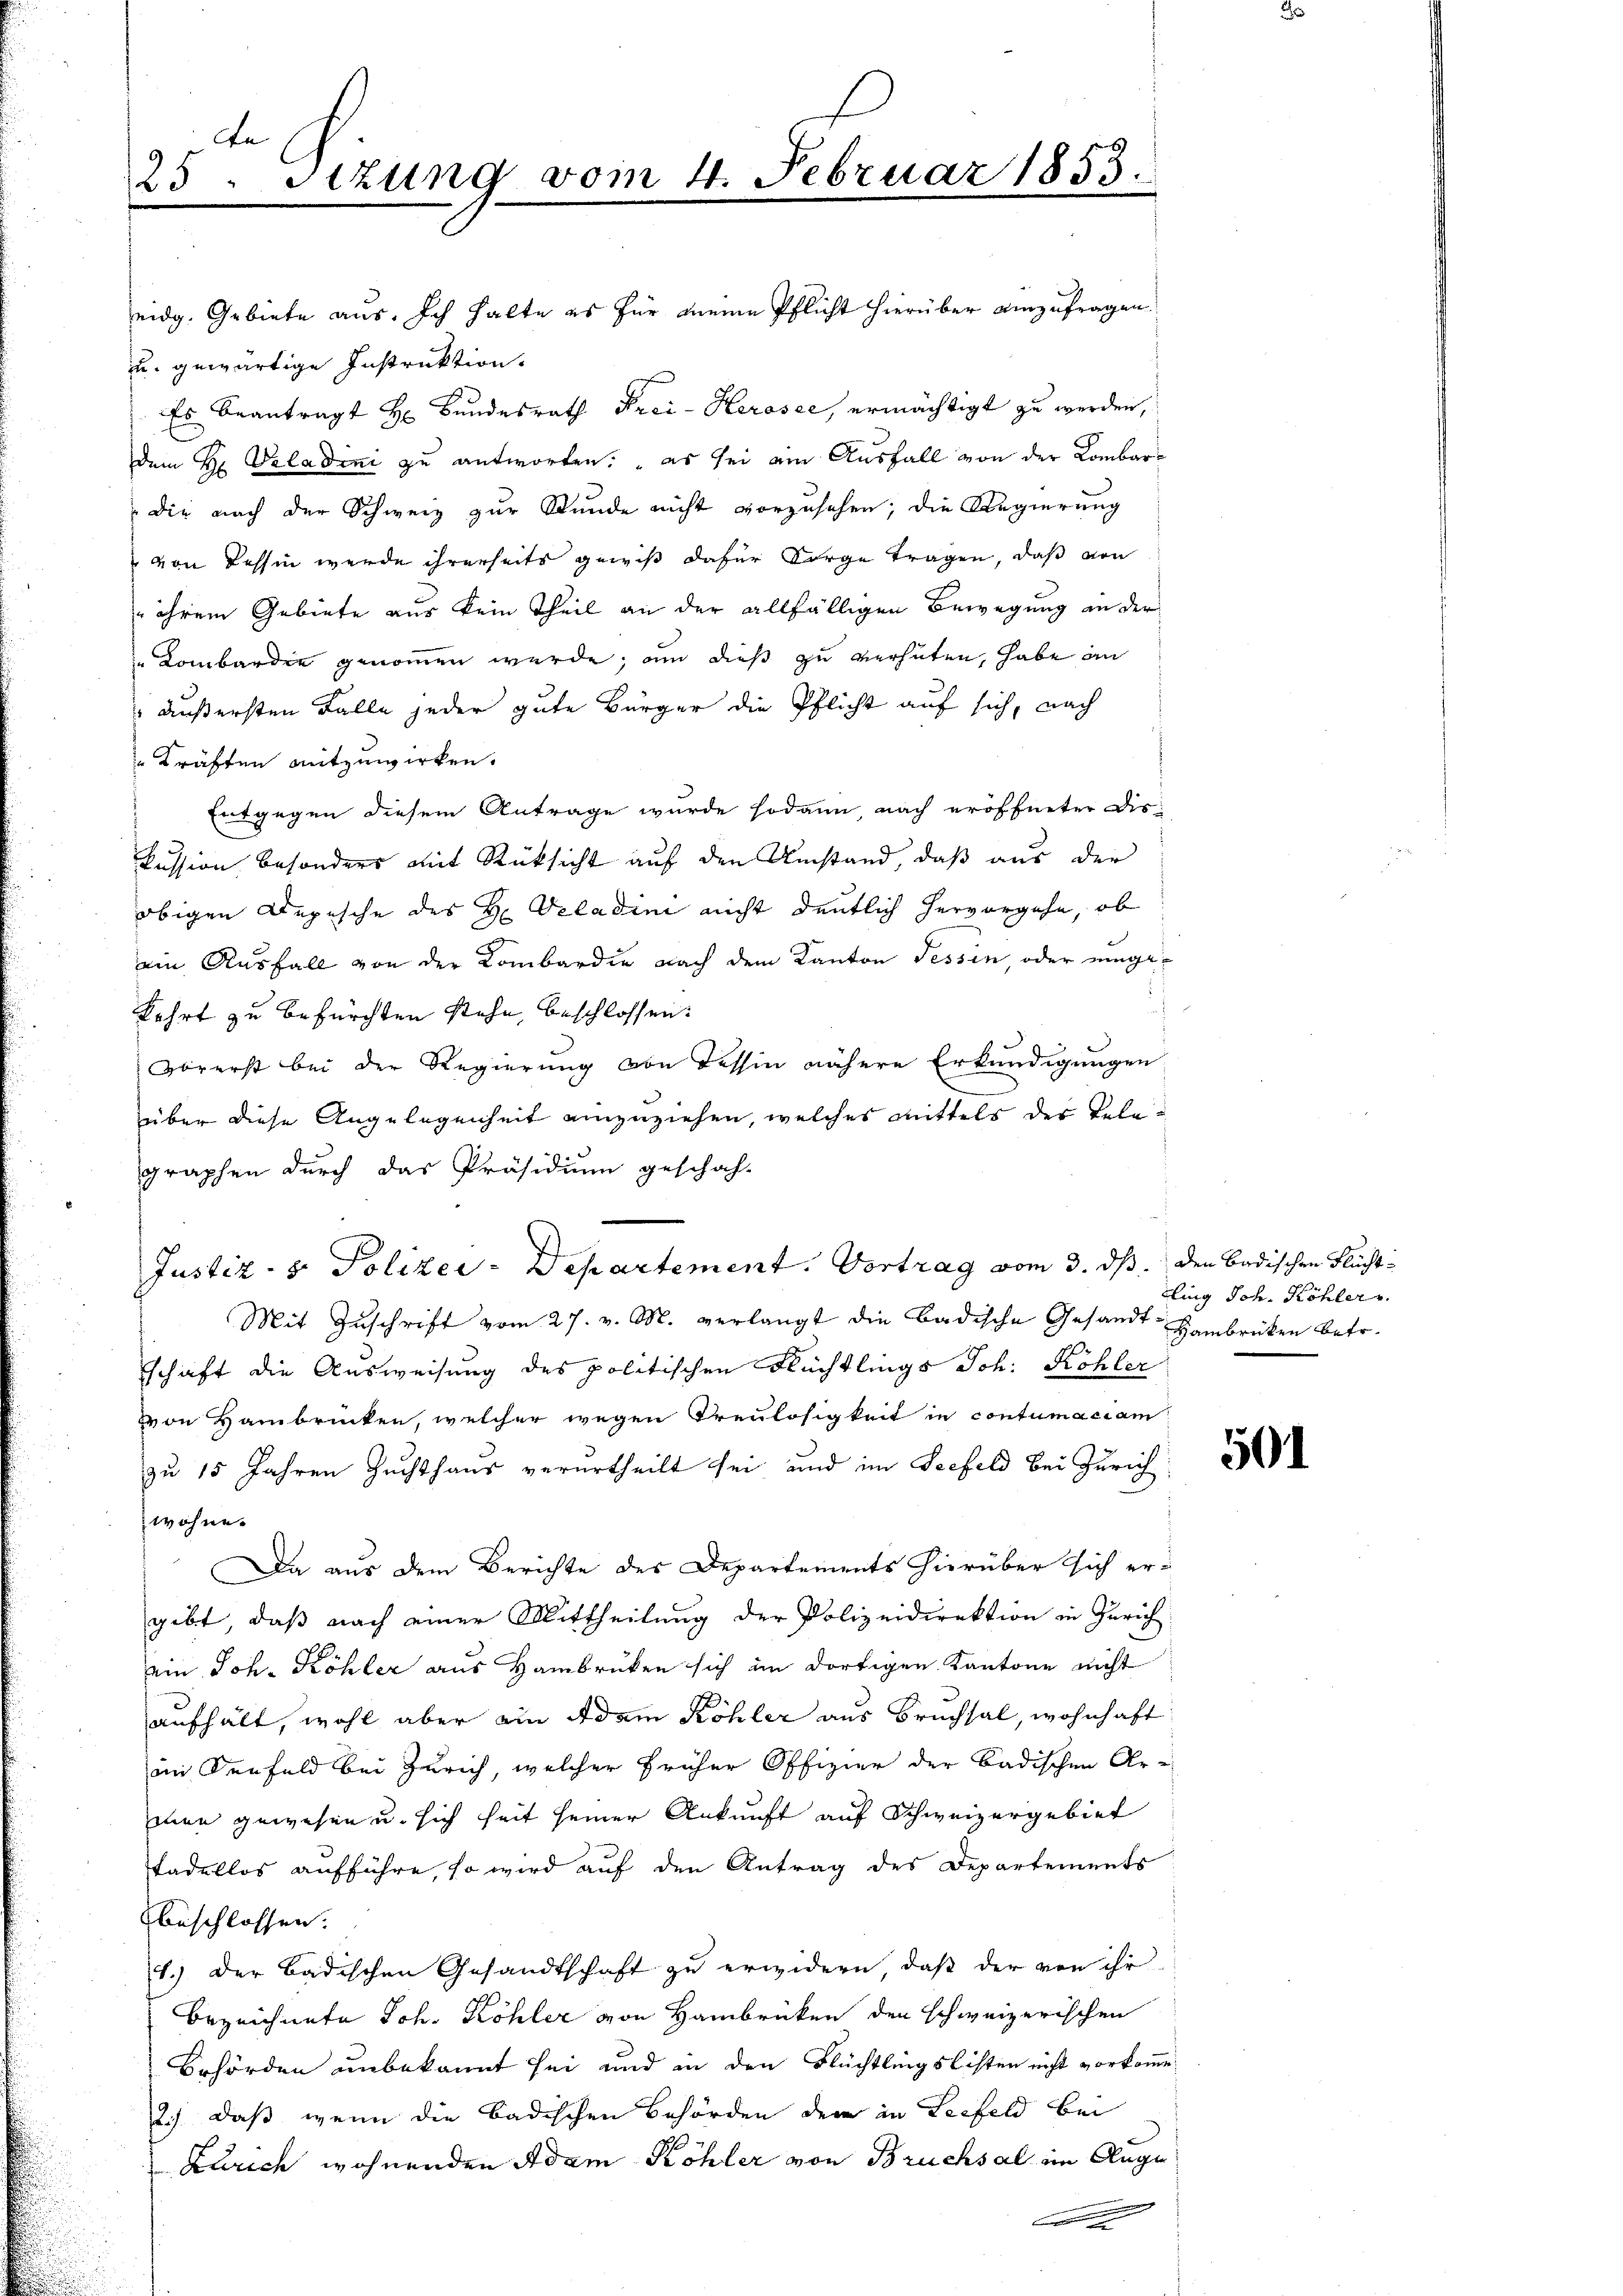
de
25. Sitzung vom 4. Februar 1853.

eidg. Gebiete aus. Ich halte es für meine Pflicht hierüber einzufragen.
u. gewärtige Instruktion.
Es beantragt H: Bundesrath Frei- Herosee, ermächtigt zu werden,
dem H. Valadini zu antworten: es sei ein Ausfall von der Lombardie nach der Schweiz zur Stunde nicht vorzusehen; die Regierung
von Tessin werde ihrerseits gewiß dafür Sorge tragen, daß von
 ihrem Gebiete aus kein Theil an der allfälligen Bewegung an der
Lombardie genommen werde, um dieß zu verhüten, habe an
äußersten Falle jeder gute Bürger die Pflicht auf sich, nach
" Kräften mitzuwirken.
Entgegen diesem Antrage wurde sodann, nach eröffneter Diskussion besonders mit Rücksicht auf den Umstand, daß aus der
obigen Depesche des H. Veladini nicht deutlich hervorgehe, ob
ein Ausfall von der Lombardie nach dem Kanton Tessin, oder eingekehrt zu befürchten stehe, beschlossen:
Vorerst bei der Regierung von Tessin nähere Erkundigungen
über diese Angelegenheit einzuziehen, welches mittels der Telegraphen durch das Präsidium geschah-
Justiz- & Polizei-Departement. Vortrag vom 3. ds. den badischen Flucht¬
Mit Zŭschrift vom 27. v. M. verlangt die Badische Gesandt-Lambrücken betr.
schaft die Ausweisung des politischen Flüchtlings Joh. Köhler
von Haibrücken, welcher wegen Treulosigkeit in contumaciam
zu 15 Jahren Zuchthaus verurtheilt sei, und im Seefeld bei Zürich
wohne.
Da aus dem Berichte des Departements hierüber sich er-
gibt, daß nach einer Mittheilung der Polizeidirektion in Zürich
ein Joh. Köhler aus Hambrücken sich im dortigen Kantone nicht
aufhält, wohl aber ein Adam Köhler aus Bruchsal, wohnhaft
in der Feld bei Zürich, welcher früher Offizier der badischen Armen gewesen u. sich seit seiner Ankunft auf Schweizergebiet
tadellos aufführe, so wird auf den Antrag des Departements
beschlossen.
1.) Der Badischen Gesandtschaft zu erwidern, daß der von ihr
Bezeichnete Joh. Köhler von Hambrücken den schweizerischen
Behörden unbekannt sei und in den Flüchtlingslisten nicht vorkomme
12.) daß wenn die Badischen Behörden dem in Leefeld bei
Zürich wohnenden Adam Köhler von Bruchsal im Auge
Con

ling Joh. Köhler

501